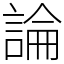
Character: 論